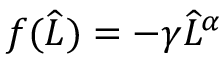
f ( \widehat { L } ) = - \gamma \widehat { L } ^ { \alpha }